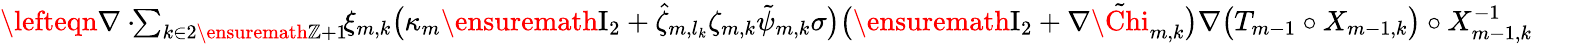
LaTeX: \begin{array}{rl}{\lefteqn{\nabla\cdot\! \! \sum_{k\in 2\ensuremath{\mathbb{Z}}+1}\! \! \xi_{m,k}\bigl(\kappa_{m}\ensuremath{\mathrm{I}_{2}}+\hat{\zeta}_{m,l_{k}}\zeta_{m,k}\tilde{\psi}_{m,k}\sigma\bigr)\bigl(\ensuremath{\mathrm{I}_{2}}+\nabla\tilde{\Chi}_{m,k}\bigr)\nabla\bigl(T_{m-1}\circ X_{m-1,k}\bigr)\circ X_{m-1,k}^{-1}}\quad}&{{}}\end{array}